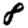
Digit: 8